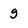
Character: g